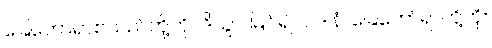
ခြေတော်ရာစသည်တို့ကို။ ဒိသွာ၊ မြင်၍။ ဝဒါနံ၊ ခြေတော်ရာတို့ကို။